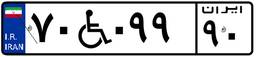
۷۰W۰۹۹۹۰